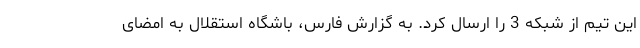
این تیم از شبکه 3 را ارسال کرد. به گزارش فارس، باشگاه استقلال به امضای